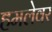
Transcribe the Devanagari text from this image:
हमलेवर